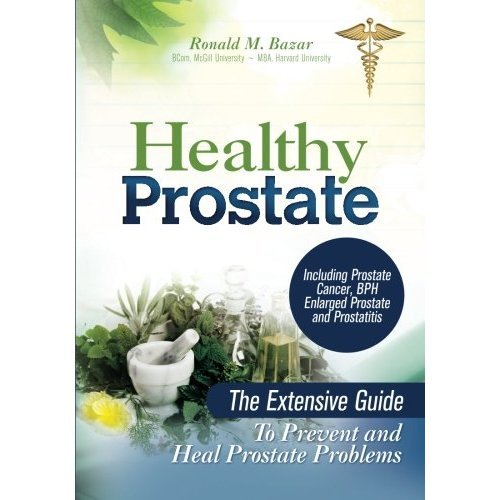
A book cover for Healthy Prostate: The Extensive Guide to Prevent and Heal Prostate Problems Including Prostate Cancer, BPH Enlarged Prostate and Prostat; Ronald M. Bazar; Health, Fitness & Dieting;